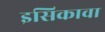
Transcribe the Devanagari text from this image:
इसिकावा